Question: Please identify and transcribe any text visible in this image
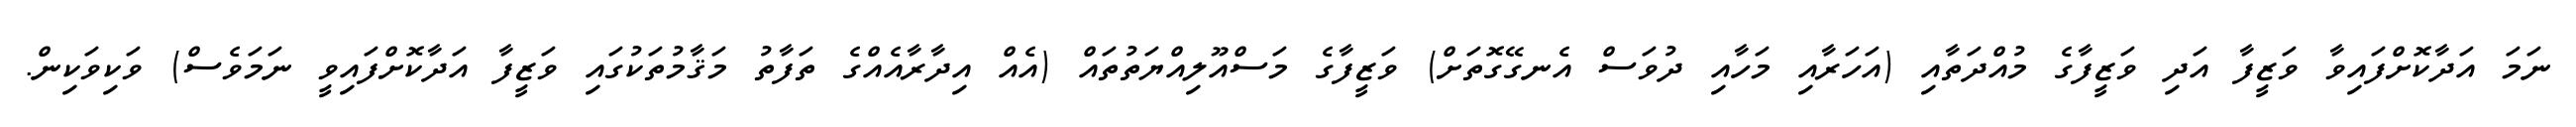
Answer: ނަމަ އަދާކޮށްފައިވާ ވަޒީފާ އަދި ވަޒީފާގެ މުއްދަތާއި (އަހަރާއި މަހާއި ދުވަސް އެނގޭގޮތަށް) ވަޒީފާގެ މަސްއޫލިއްޔަތުތައް (އެއް އިދާރާއެއްގެ ތަފާތު މަޤާމުތަކުގައި ވަޒީފާ އަދާކޮށްފައިވީ ނަމަވެސް) ވަކިވަކިން.